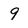
Character: 9